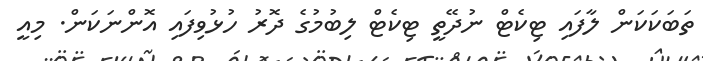
ތަބަކަކަން ލާފައި ޓިކެޓް ނުދޭތީ ޓިކެޓް ލިބުމުގެ ދޮރު ހުޅުވިފައި އޮންނަކަން. މިއީ